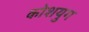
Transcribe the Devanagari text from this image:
कोशयुग